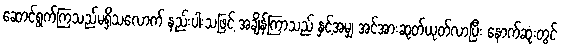
ဆောင်ရွက်ကြသည်မရှိသလောက် နည်းပါးသဖြင့် အချိန်ကြာသည် နှင့်အမျှ အင်အားဆုတ်ယုတ်လာပြီး နောက်ဆုံးတွင်